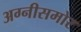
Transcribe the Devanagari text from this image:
अग्नीसमोर